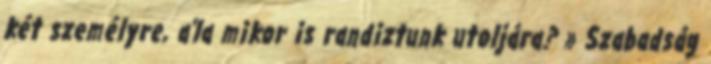
két személyre, a'la mikor is randiztunk utoljára? » Szabadság